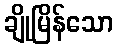
ချိုမြိန်သော